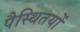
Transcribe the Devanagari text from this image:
पैस्थितयों